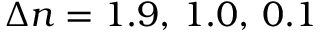
\Delta n = 1 . 9 , \, 1 . 0 , \, 0 . 1